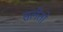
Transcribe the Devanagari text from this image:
सलेंतो